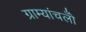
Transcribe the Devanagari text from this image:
ग्राम्यांचलोँ